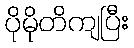
ပိုမိုတိကျပြီး